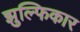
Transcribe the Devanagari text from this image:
झुल्फिकार